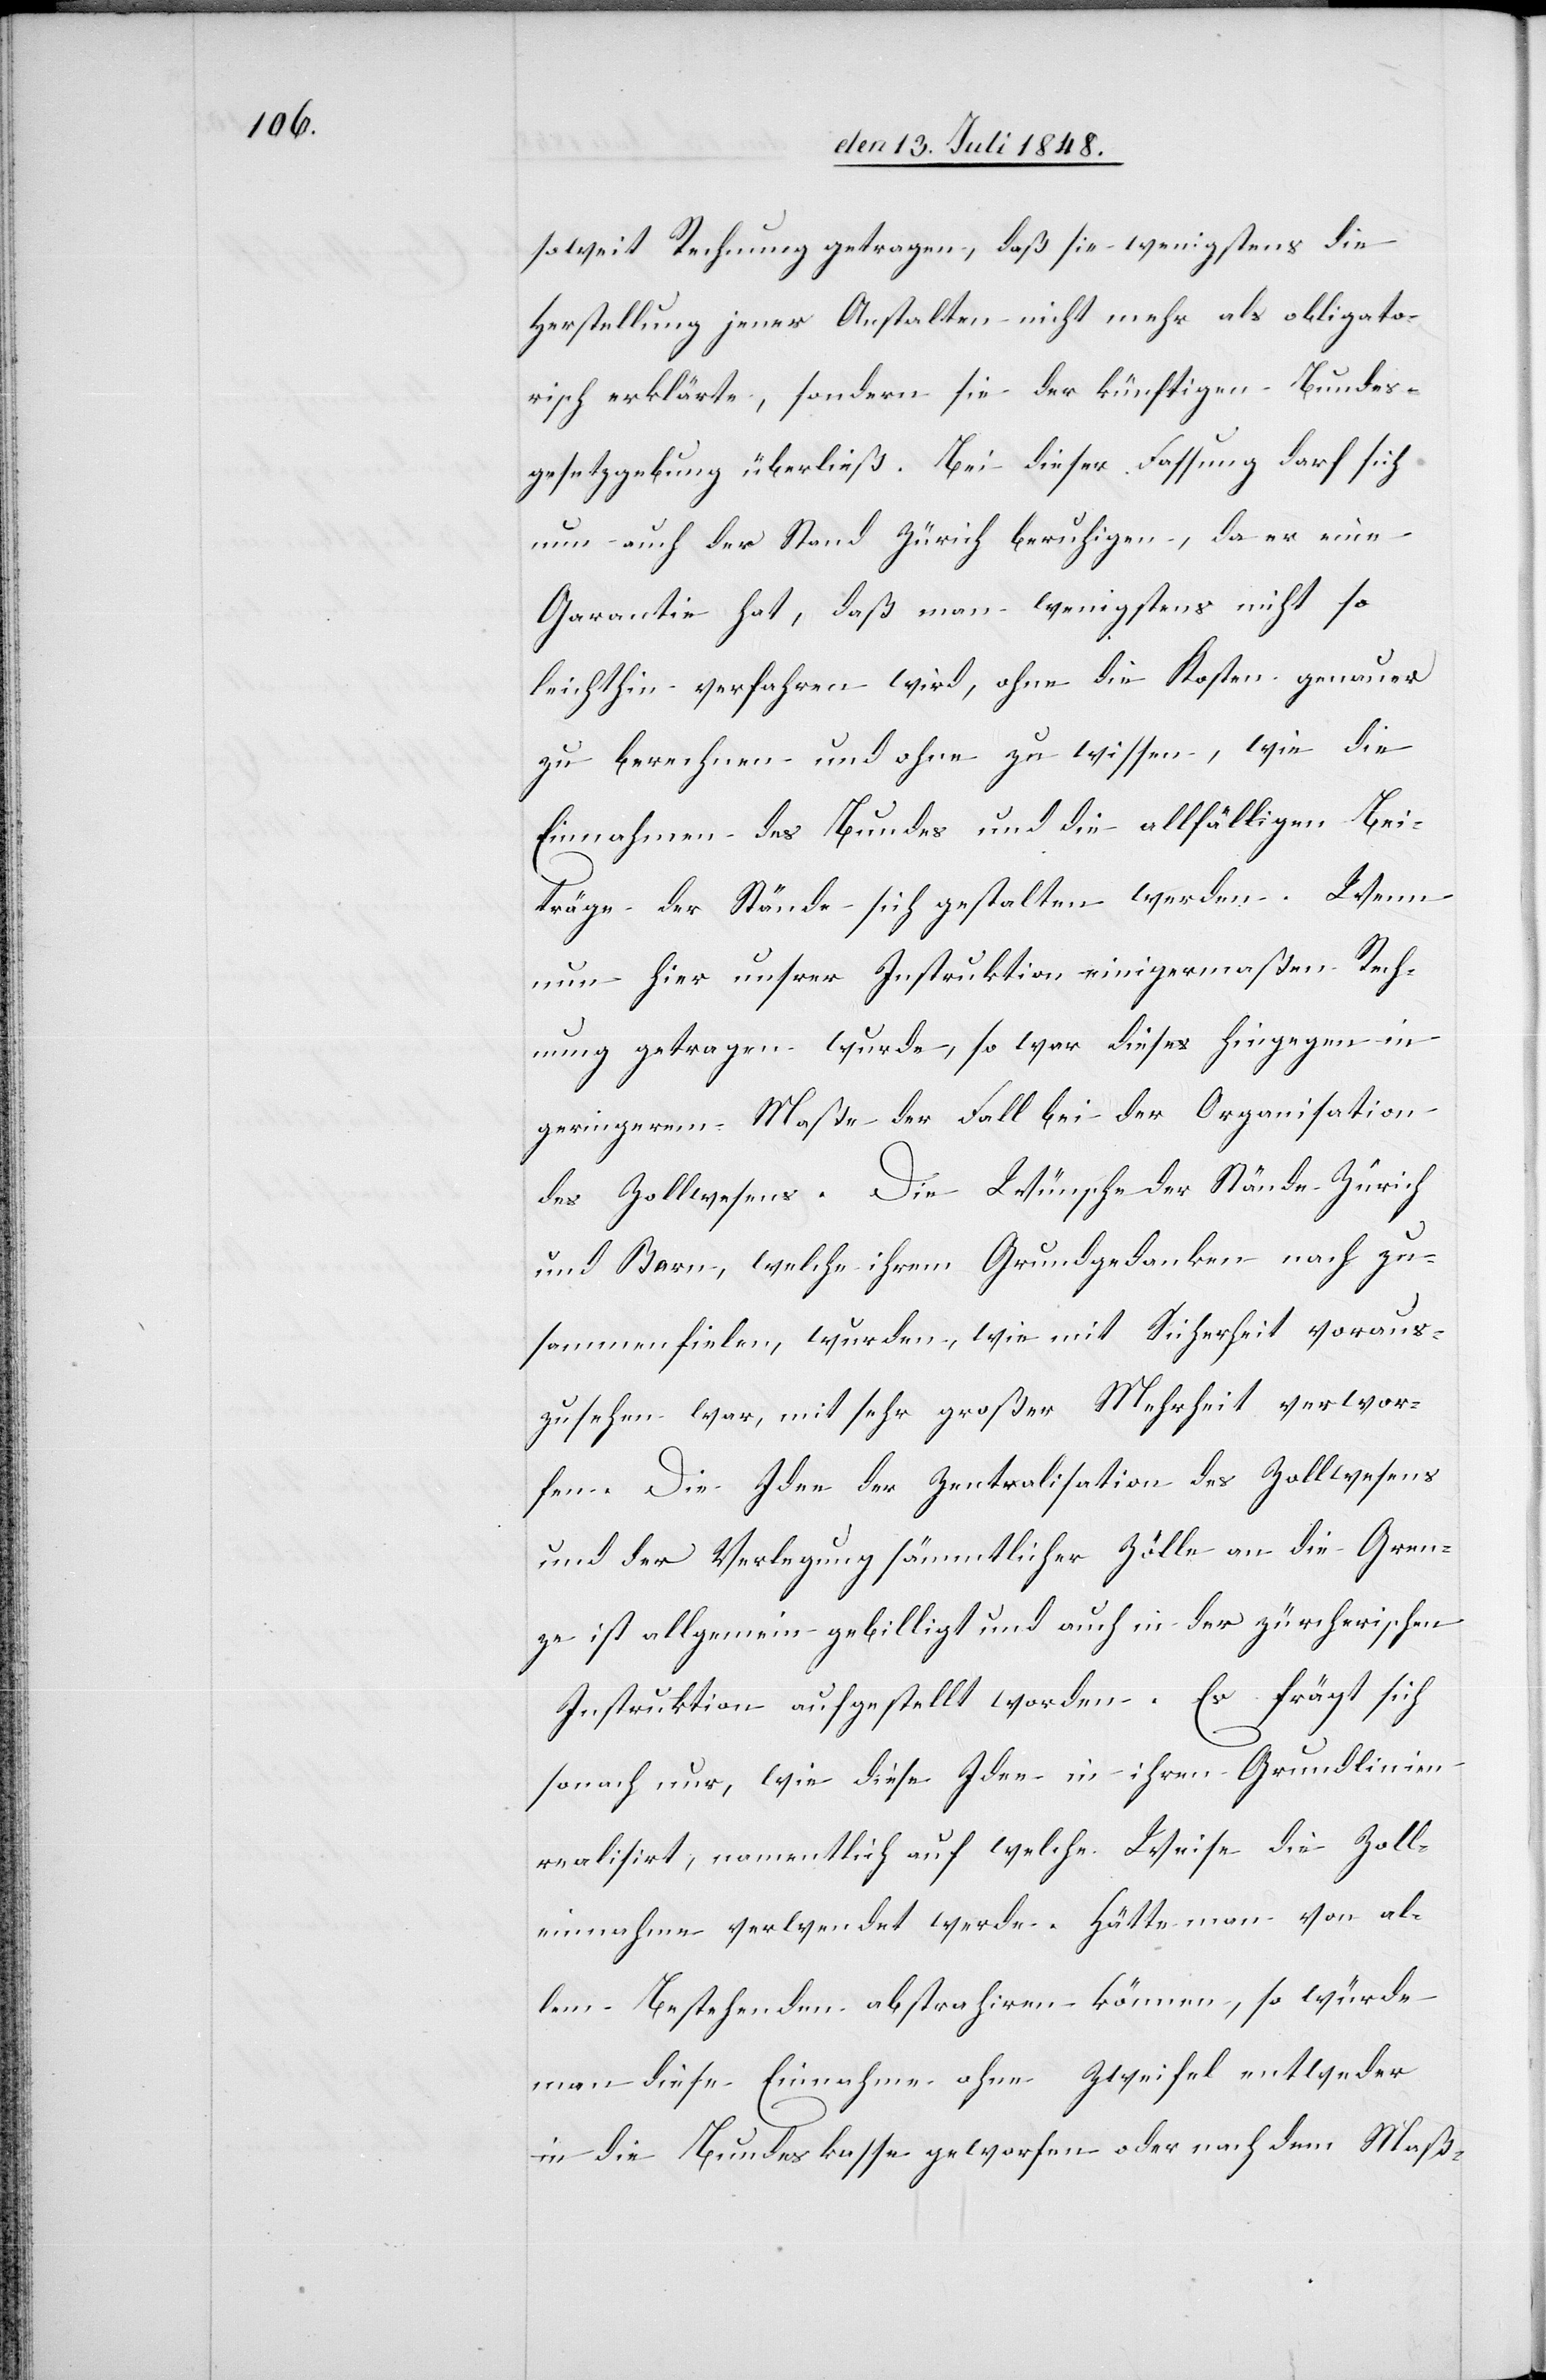
soweit Rechnung getragen, daß sie wenigstens die
Herstellung jener Anstalten nicht mehr als obligato¬
risch erklärte, sondern sie der künftigen Bundes¬
gesetzgebung überließ. Bei dieser Fassung darf sich
nun auch der Stand Zürich beruhigen, da er eine
Garantie hat, daß man wenigstens nicht so
leichthin verfahren wird, ohne die Kosten genauer
zu berechnen und ohne zu wissen, wie die
Einnahmen des Bundes und die allfälligen Bei¬
träge der Stände sich gestalten werden. Wenn
nun hier unsrer Instruktion einigermaßen Rech¬
nung getragen wurde, so war dieses hingegen in
geringerem Maße der Fall bei der Organisation
des Zollwesens. Die Wünsche der Stände Zürich
und Bern, welche ihrem Grundgedanken nach zu¬
sammenfielen, wurden, wie mit Sicherheit voraus¬
zusehen war, mit sehr großer Mehrheit verwor¬
fen. Die Idee der Zentralisation des Zollwesens
und der Verlegung sämmtlicher Zölle an die Gren¬
ze ist allgemein gebilligt und auch in der zürcherischen
Instruktion aufgestellt worden. Es frägt sich
sonach nur, wie diese Idee in ihren Grundlinien
realisirt, namentlich auf welche Weise die Zoll¬
einnahme verwendet werde. Hätte man von al¬
lem Bestehenden abstrahiren können, so würde
man diese Einnahme ohne Zweifel entweder
in die Bundeskasse geworfen oder nach dem Maß-